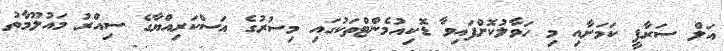
އަލް ސަރާފީ ކަމަށާއި މި ހަވާލުކޮށްފައިވާ ޑޮކިއުމެންޓްތަކުގައި މިސުރުގެ އަސްކަރިއްޔާގެ ސިއްރު މައުލޫމާތު